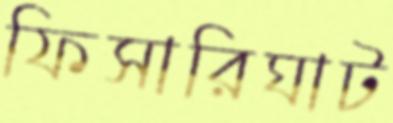
ফিসারিঘাট